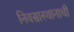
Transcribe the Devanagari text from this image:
निवसास्थानाची